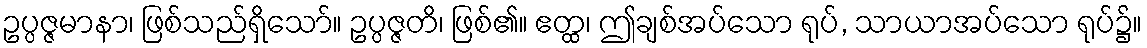
ဥပ္ပဇ္ဇမာနာ၊ ဖြစ်သည်ရှိသော်။ ဥပ္ပဇ္ဇတိ၊ ဖြစ်၏။ ဧတ္ထ၊ ဤချစ်အပ်သော ရုပ်, သာယာအပ်သော ရုပ်၌။